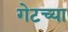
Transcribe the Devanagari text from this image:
गेटच्या